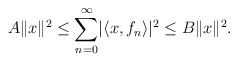
\begin{align*}A\lVert x\rVert^2\leq\sum_{n=0}^{\infty}\lvert\langle x,f_n\rangle\rvert^2\leq B\lVert x\rVert^2.\end{align*}